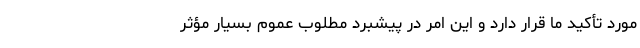
مورد تأکید ما قرار دارد و این امر در پیشبرد مطلوب عموم بسیار مؤثر